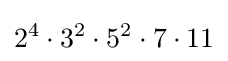
2^{4}\cdot 3^{2}\cdot 5^{2}\cdot 7\cdot 11